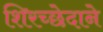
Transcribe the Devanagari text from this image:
शिरच्छेदाने